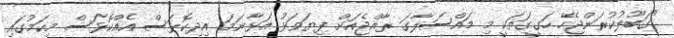
"ގަބޫލުކުރަންޖެހޭ ހަގީގަތަކީ މި މައްސަލާގަ ރާއްޖެއަށް ފިޔަވަޅު އަޅާނަމަ އިދިކޮޅަސް އެއްކޮޅަސް މިކަމުގައި